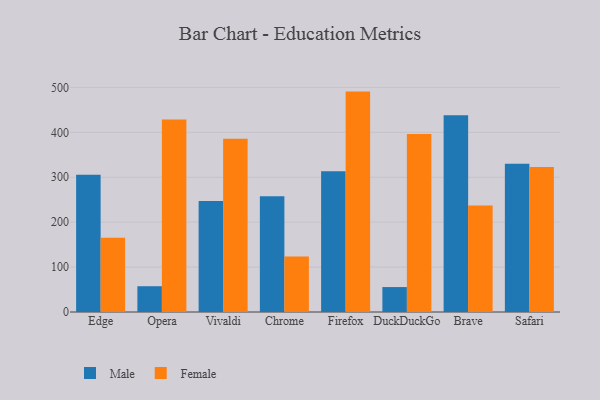
{"axis": {"x": "Browser", "y": "Tickets Resolved"}, "legend": ["Female", "Male"], "data": [{"x": "Edge", "y": 305.4, "type": "Male"}, {"x": "Edge", "y": 165.2, "type": "Female"}, {"x": "Opera", "y": 57.4, "type": "Male"}, {"x": "Opera", "y": 428.5, "type": "Female"}, {"x": "Vivaldi", "y": 247.0, "type": "Male"}, {"x": "Vivaldi", "y": 385.8, "type": "Female"}, {"x": "Chrome", "y": 257.8, "type": "Male"}, {"x": "Chrome", "y": 123.6, "type": "Female"}, {"x": "Firefox", "y": 313.6, "type": "Male"}, {"x": "Firefox", "y": 490.7, "type": "Female"}, {"x": "DuckDuckGo", "y": 55.5, "type": "Male"}, {"x": "DuckDuckGo", "y": 396.4, "type": "Female"}, {"x": "Brave", "y": 438.2, "type": "Male"}, {"x": "Brave", "y": 237.3, "type": "Female"}, {"x": "Safari", "y": 330.3, "type": "Male"}, {"x": "Safari", "y": 323.1, "type": "Female"}]}